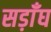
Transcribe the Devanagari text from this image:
सड़ाँघ